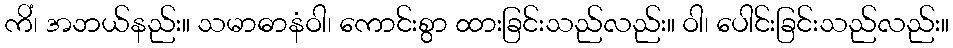
ကိံ၊ အဘယ်နည်း။ သမာဓာနံဝါ၊ ကောင်းစွာ ထားခြင်းသည်လည်း။ ဝါ၊ ပေါင်းခြင်းသည်လည်း။